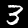
Label: 3